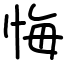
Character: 悔